Sanitation, dispensaries and jails vaccination Rajputana 1922-1927 - 1922-1927
Year: 1922
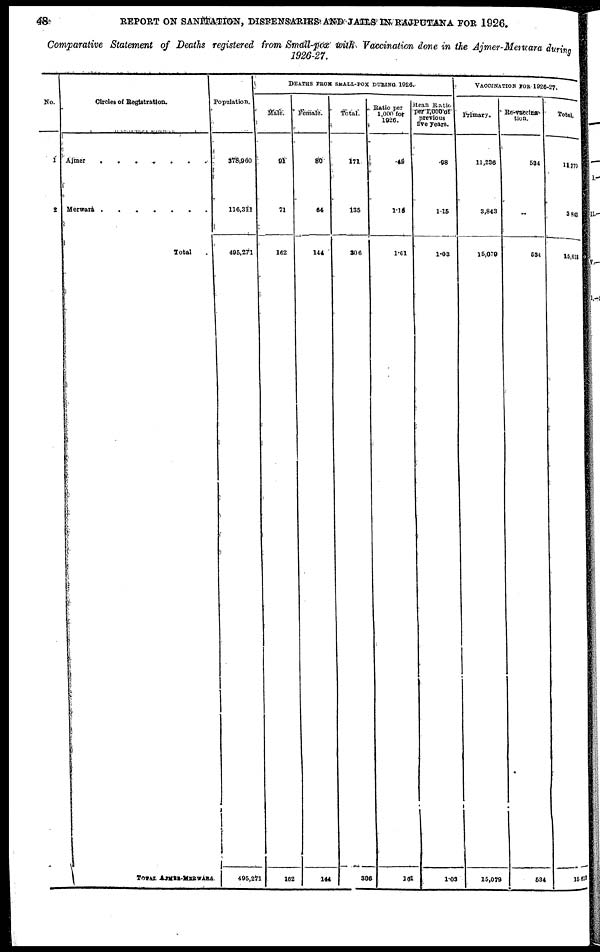
48
REPORT ON SANITATION, DISPENSARIES AND JAILS IN RAJPUTANA FOR 1926.
Comparative Statement of Deaths registered from Small-pox with Vaccination done in the Ajmer-Merwara during
1926-27.
No.
1
2
Circles of Registration.
Ajmer
.
.
.
.
.
.
.
Merwara . . . . . . .
Total
TOTAL AJMER-MERWARA.
Population.
378,960
116,311
495,271
495,271
DEATHS FROM SMALL-POX DURING. 1926.
Male.
91
71
162
162
Female.
80
64
144
144
Total.
171
135
306
306
Ratio per
1,000 for
1926.
.45
1.16
1.61
1. 61
Mean Ratio
per 1,000 of
previous
five years.
.98
1.15
1.03
1.03
VACCINATION FOR 1926-27.
Primary.
11,236
3,843
15,079
15,079
Re-vaccina¬
tion.
534
..
534
534
Total.
11,770
3,843
15,613
15,615